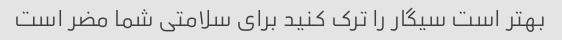
بهتر است سیگار را ترک کنید برای سلامتی شما مضر است